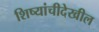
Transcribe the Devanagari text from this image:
शिष्यांचीदेखील